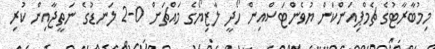
މިމުބާރާޓުގެ ޗެމްޕިއަންކަން ޔުވެންޓަސްއިން ހޯދީ ލާޒިޔޯގެ މައްޗަށް 0-2 ލަނޑުގެ ނަތީޖާއިން ކުރި